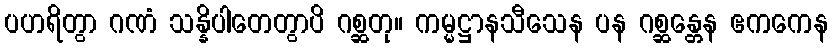
ပဟရိတွာ ဂဏံ သန္နိပါတေတွာပိ ဂစ္ဆတု။ ကမ္မဋ္ဌာနသီသေန ပန ဂစ္ဆန္တေန ဧကကေန